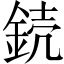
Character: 𨧣